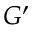
G ^ { \prime }